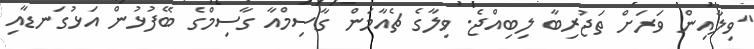
"ވިލާއިން ވަރަށް ތަޖުރިބާ ލިބިއްޖެ. ވިލާގެ ޗެއާމަން ގާސިމްއާ ގާސިމްގެ ބޭފުޅުން އަޅުގަނޑާއި